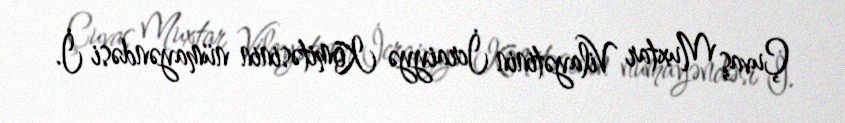
Çuvaş Muxtar Vilayətinin İcraiyyə Komitəsinin nümayəndəsi İ.